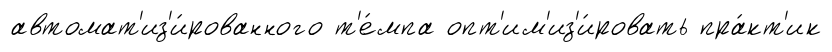
автомат'из'и́рованного т'е́мпа опт'им'из'и́ровать пра́кт'ик